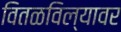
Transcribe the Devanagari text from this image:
वितळविल्यावर